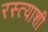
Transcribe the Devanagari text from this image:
रस्त्याशी